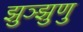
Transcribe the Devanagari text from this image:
झुञ्झुणु